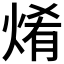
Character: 𤉶